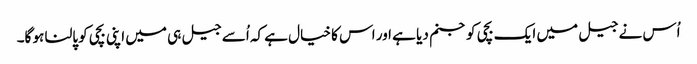
اُس نے جیل میں ایک بچی کو جنم دیا ہے اور اس کا خیال ہے کہ اُسے جیل ہی میں اپنی بچی کو پالنا ہو گا۔